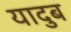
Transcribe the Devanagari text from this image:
यादुब